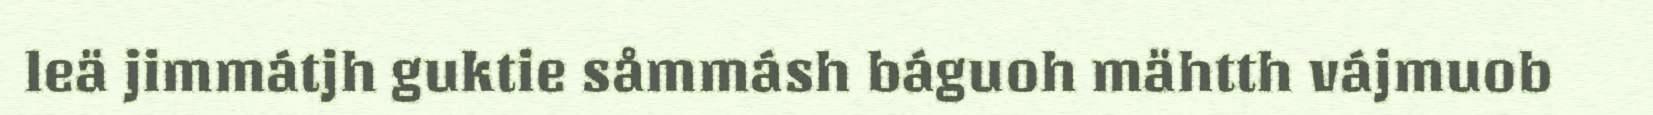
leä jimmátjh guktie såmmásh báguoh mähtth vájmuob